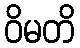
ဝိမတိ